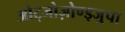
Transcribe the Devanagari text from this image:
ओट्जोज़ोण्ड्जुपा